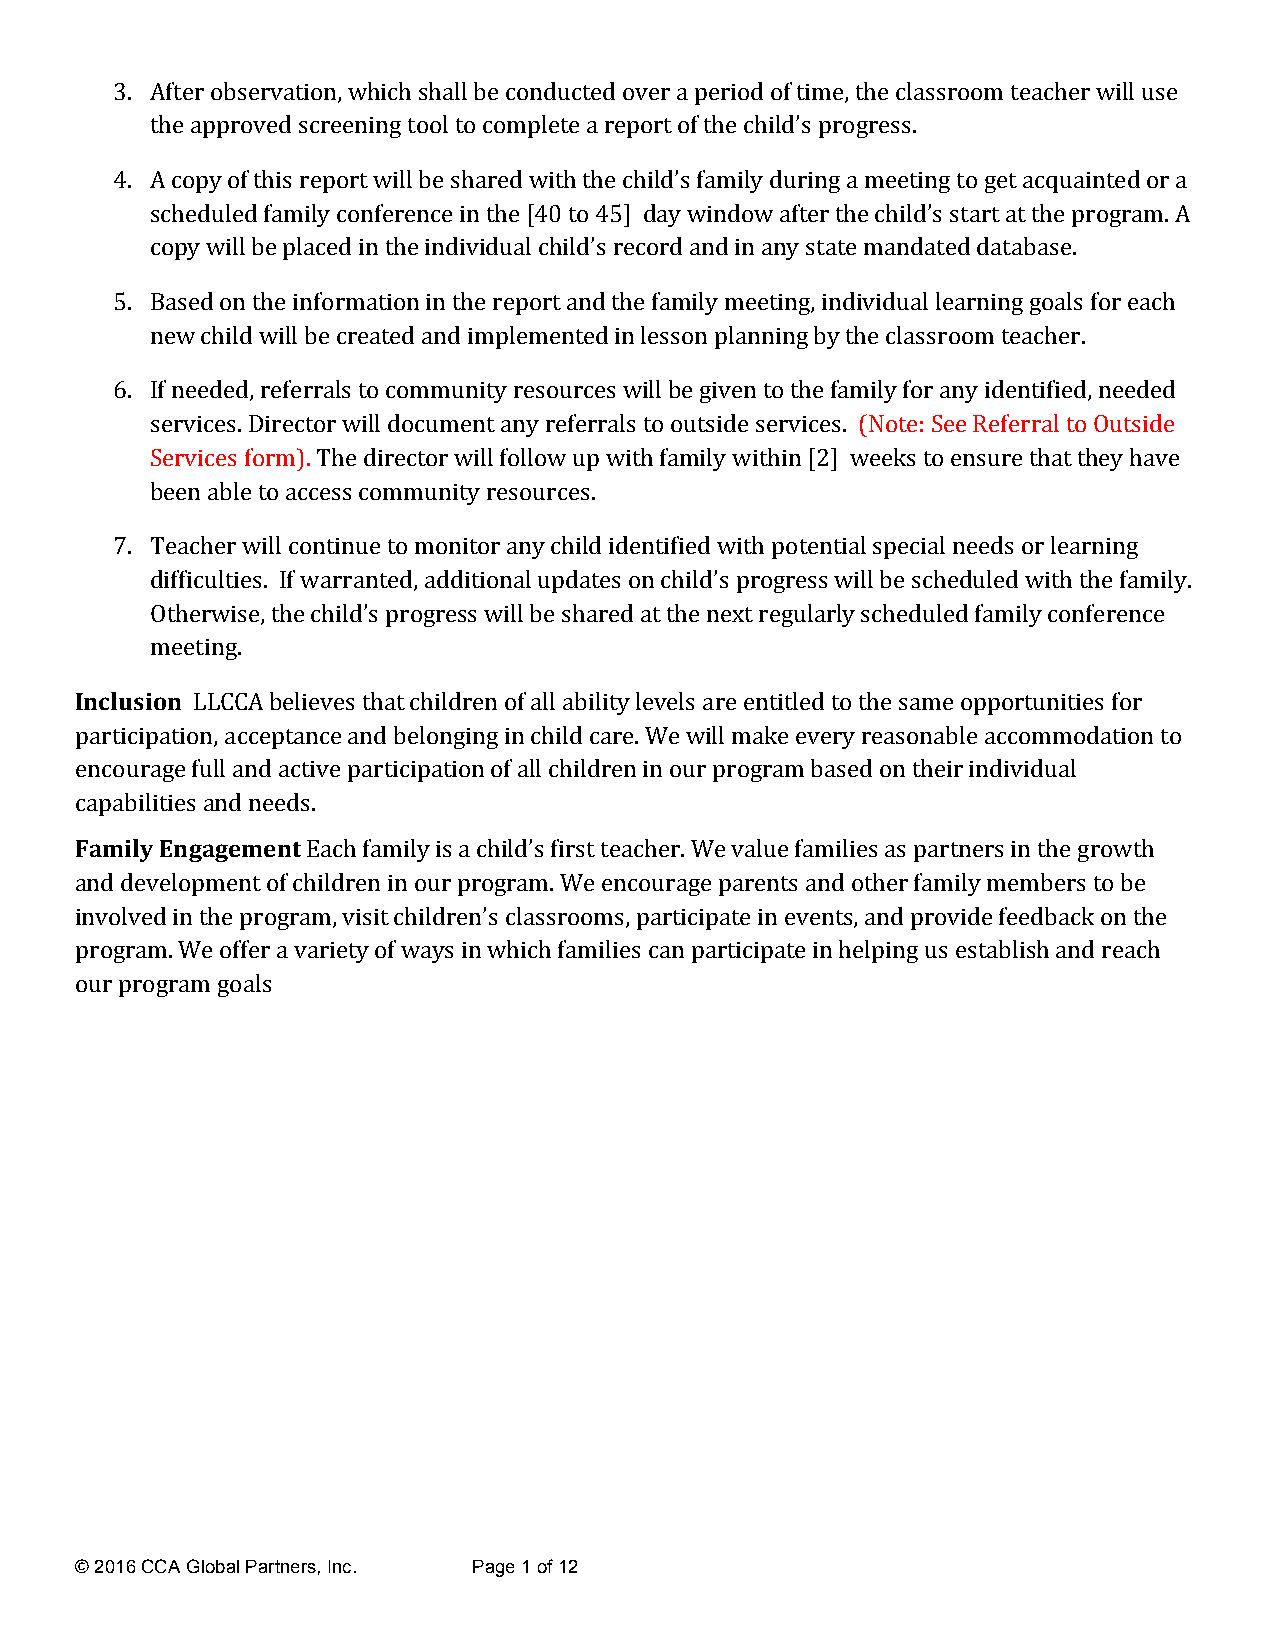
3. After observation, which shall be conducted over a period of time, the classroom teacher will use
 the approved screening tool to complete a report of the child’s progress.
 4. A copy of this report will be shared with the child’s family during a meeting to get acquainted or a
 scheduled family conference in the [40 to 45] day window after the child’s start at the program. A
 copy will be placed in the individual child’s record and in any state mandated database.
 5. Based on the information in the report and the family meeting, individual learning goals for each
 new child will be created and implemented in lesson planning by the classroom teacher.
 6. If needed, referrals to community resources will be given to the family for any identified, needed
 services. Director will document any referrals to outside services. (Note: See Referral to Outside
 Services form). The director will follow up with family within [2] weeks to ensure that they have
 been able to access community resources.
 7. Teacher will continue to monitor any child identified with potential special needs or learning
 difficulties. If warranted, additional updates on child’s progress will be scheduled with the family.
 Otherwise, the child’s progress will be shared at the next regularly scheduled family conference
 meeting.
 Inclusion LLCCA believes that children of all ability levels are entitled to the same opportunities for
 participation, acceptance and belonging in child care. We will make every reasonable accommodation to
 encourage full and active participation of all children in our program based on their individual
 capabilities and needs.
 Family Engagement Each family is a child’s first teacher. We value families as partners in the growth
 and development of children in our program. We encourage parents and other family members to be
 involved in the program, visit children’s classrooms, participate in events, and provide feedback on the
 program. We offer a variety of ways in which families can participate in helping us establish and reach
 our program goals
 © 2016 CCA Global Partners, Inc. Page 1 of 12